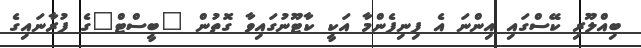
ބިއްލޫރި ކޭސްގައި އިންނަ އެ ފިނިފެންމާ އަކީ ކާޓޫނުގައިވާ ގޮތުން "ބީސްޓް"ގެ ފުރާނައިގެ